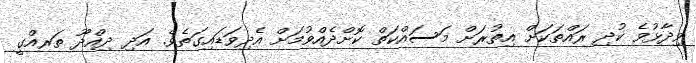
ވިދާޅުވެ ކުދި ރައްތަކަށް އިތުރަށް މަސައްކަތް ކޮށްދެއްވުމަށް އެދިވަޑައިގަތެވެ. އަދި ދިއްދޫ ތަރއްގީ